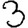
Digit: 3